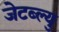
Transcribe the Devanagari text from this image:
जेटब्ल्यु